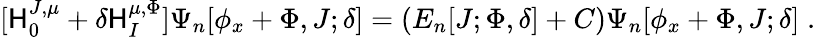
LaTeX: [\mathsf{H}_{0}^{J,\mu}+\delta\mathsf{H}_{I}^{\mu,\Phi}]\Psi_{n}[\phi_{x}+\Phi,J;\delta]=(E_{n}[J;\Phi,\delta]+C)\Psi_{n}[\phi_{x}+\Phi,J;\delta]\; .